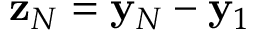
{ \bf z } _ { N } = { \bf y } _ { N } - { \bf y } _ { 1 }